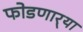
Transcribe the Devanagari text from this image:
फोडणार्‍या